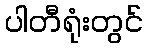
ပါတီရုံးတွင်